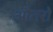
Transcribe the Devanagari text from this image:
औतरो